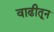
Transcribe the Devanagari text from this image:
वाढीतून